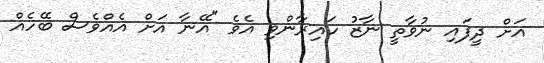
އަށް ދީފައި ނުވާތީ ނާޒު ހައިރާންވި އެވެ "އޭނާ އަށް އެއްވެސް ބޭހެއް